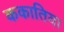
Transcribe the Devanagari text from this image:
ककातिया